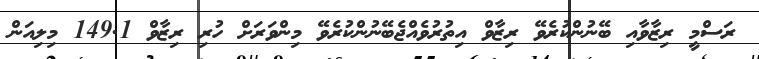
ރަސްމީ ރިޒާވާއި ބޭނުންކުރެވޭ ރިޒާވް އިތުރުވެއްޖެބޭނުންކުރެވޭ މިންވަރަށް ހުރި ރިޒާވް 149.1 މިލިއަން